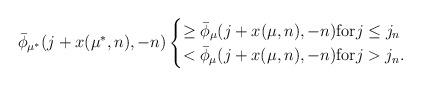
LaTeX: \begin{align*}\bar\phi_{\mu^*}(j+x(\mu^*,n),-n)\begin{cases} \ge \bar\phi_\mu(j+x(\mu,n),-n){\rm for}j\le j_n\cr< \bar\phi_\mu(j+x(\mu,n),-n){\rm for}j>j_n.\end{cases}\end{align*}